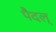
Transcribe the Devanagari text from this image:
पैदल्